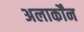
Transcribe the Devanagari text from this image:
अलार्कोंन